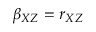
\beta _ { X Z } = r _ { X Z }